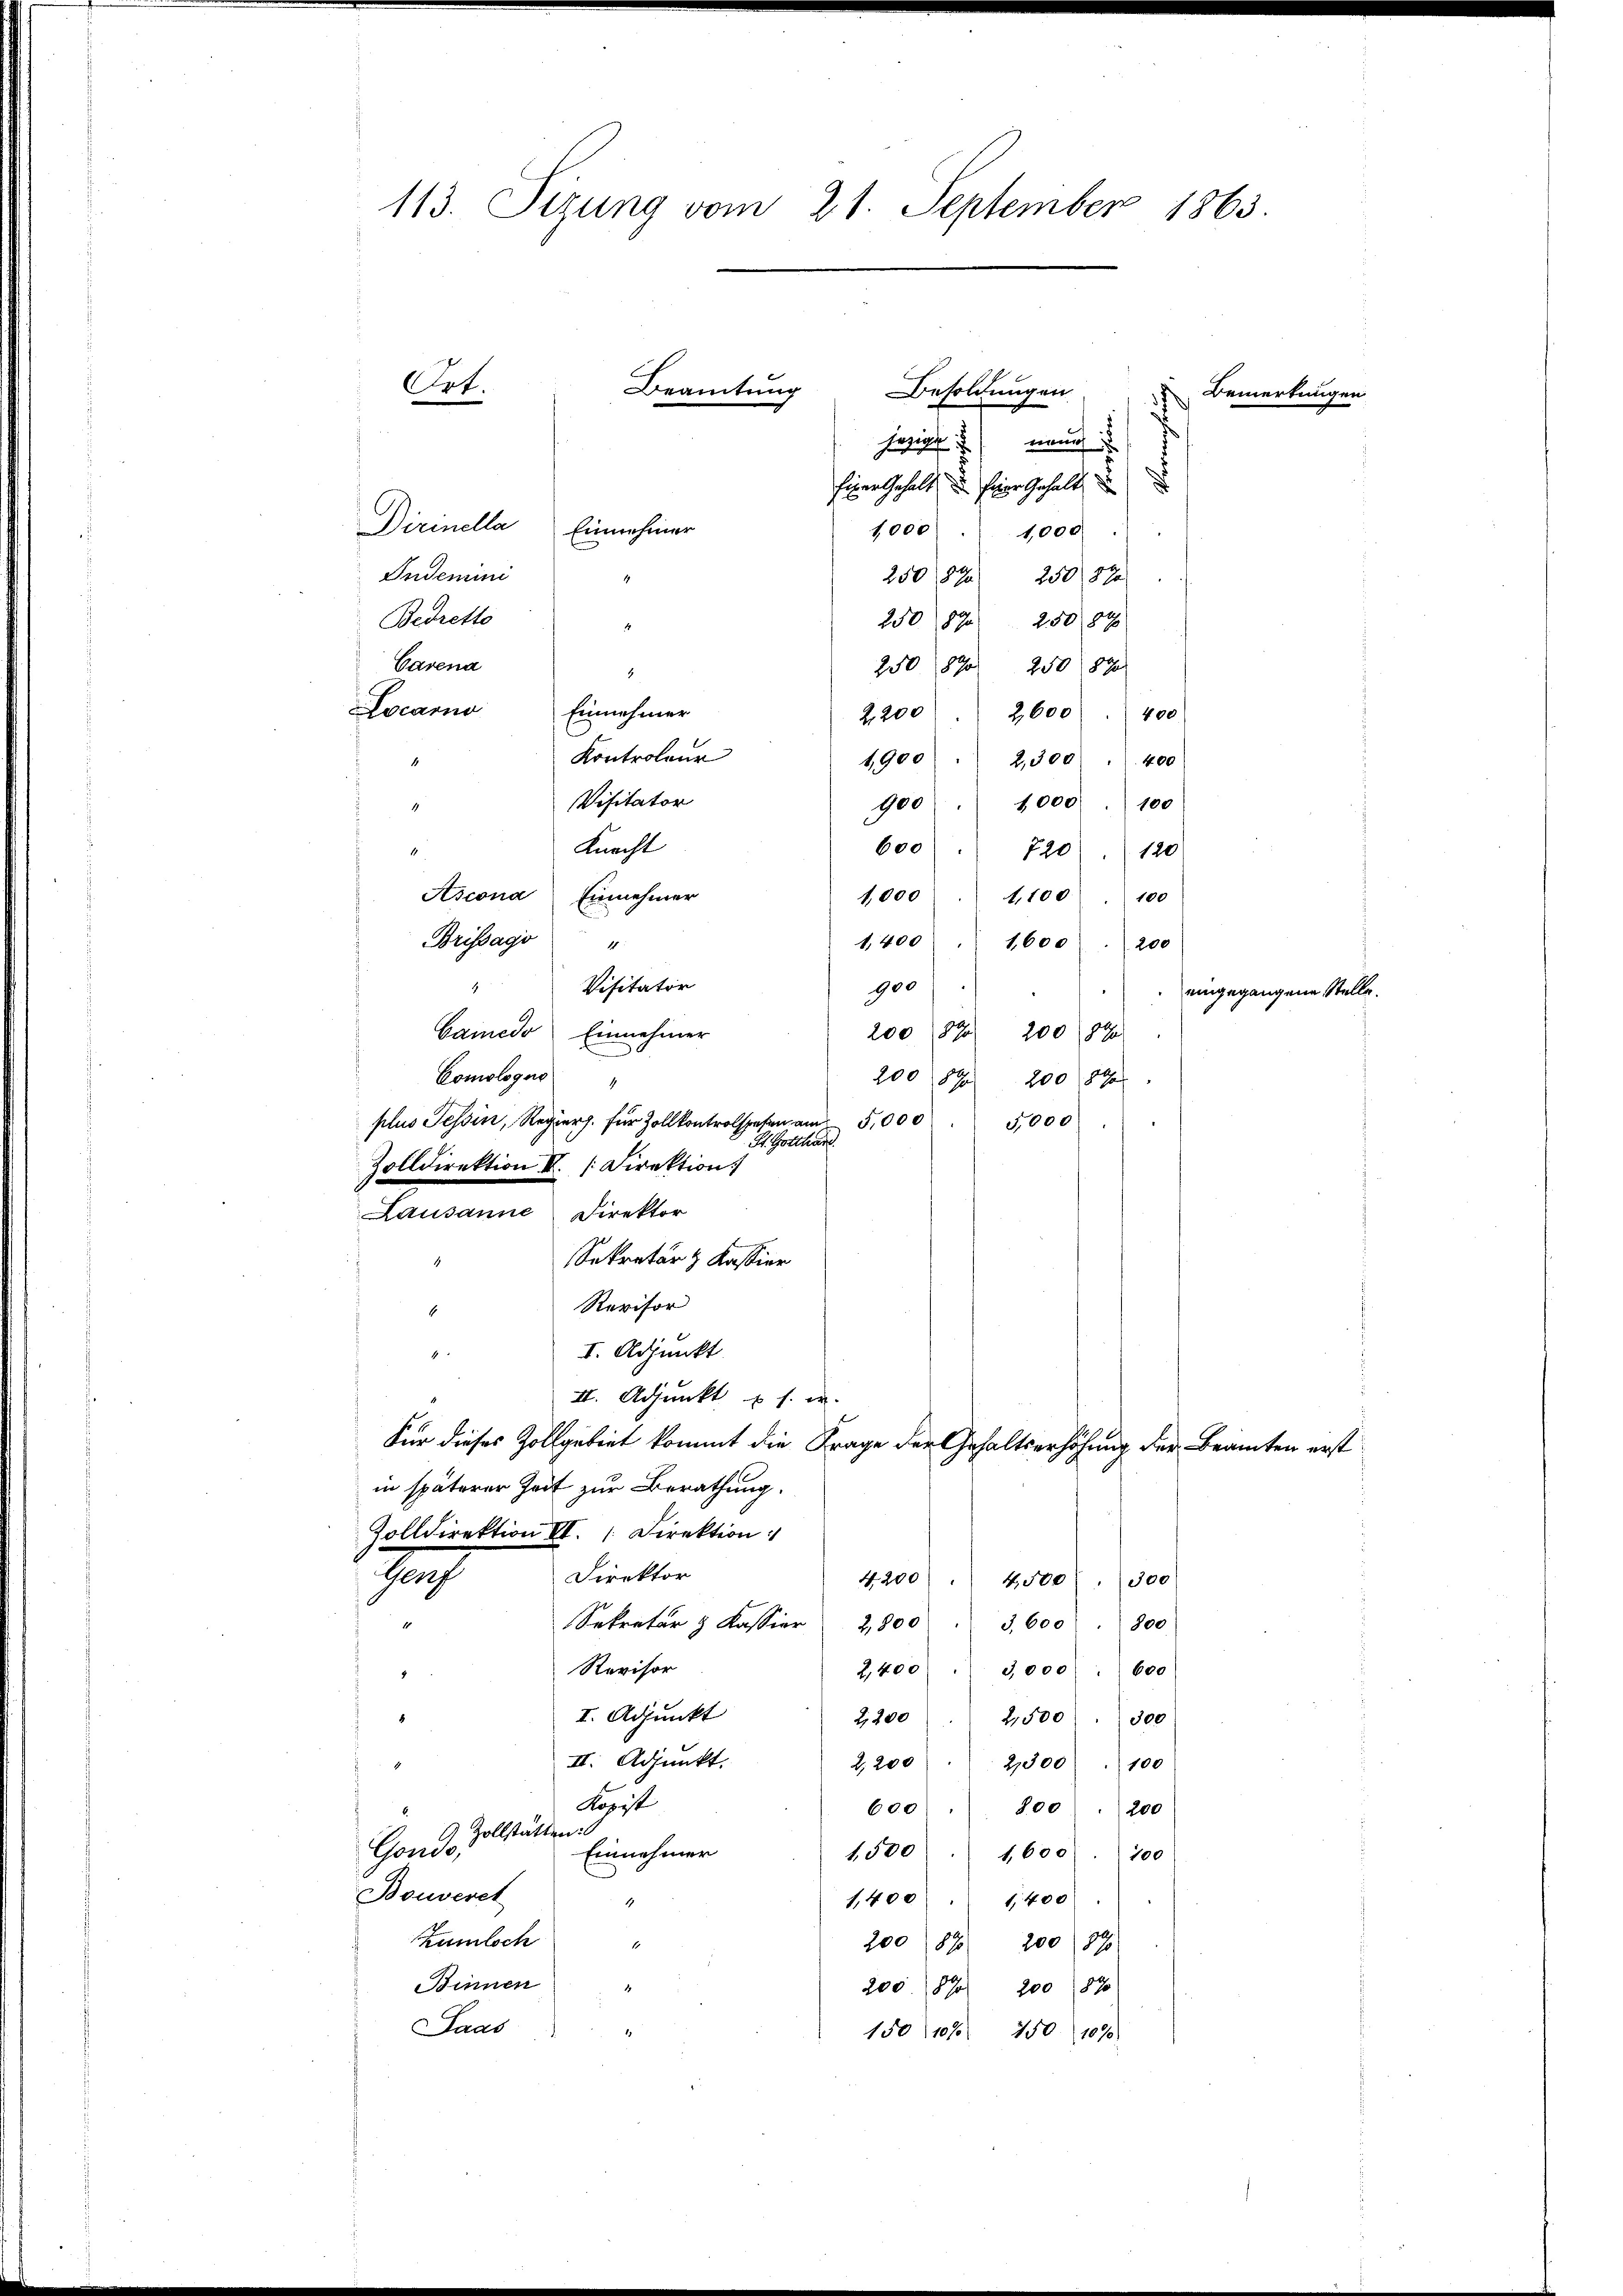
113. Sizung vom 21. September 1863.

nen
Ferief
Einer Gehalt, u. feier Gehalt
1,000
1,000
25087 25088
250 1890 250 89
250 1890 250 890
.
Locarno Einnehmer
2200 f 2600 f 400
Kontroleur
1900 " 2,300 " 400
Visitator
900 " 1000 " 100
4
Knacht
600 720 (120
.
1,000 " 1,100
Ascona. Einnehmer
100
Brissagi "
1,400 " 1600
200
900
Visitator
4
Camedo Einnehmer
200 (1873 200 (82
Comologus "
20018 f 200 a
plus Tessin, Regier. für Zollkontrolspesen am 5,000
5,000
v. St. Gotthard.
Zolldirektion I. [Direktion
Lausanne Direktor
Sekretär z Kassier
Revisor
1
I. Adjunkt
II. Adjunkt u. s. w.
Für dieses Zollgebiet kommt die Frage der Gehaltserhöhung der Beamten erst
in späterer Zeit zur Berathung.
Zolldirektion II. Direktion:
Direktor
7
4200. 4500. 300
Sekretär & Kassier 2800
3,600 (800
Revisor
600
2,400  3000
I. Adjunkt
2,200
2,500
300
II. Adjunkt.
2,200. 2300 " 100
Kopist
600. 800 . 200
Zollstätten:
Gondo,
Einnehmer
1,500. 1600. 100
Bouveret
1,400 " 1400
1
Zumloch
20087. 200 (870
Binnen
200. 1870 200 870
Saas
150, 108. 150 1070

1

Ort.

Dirinella Einnehmer
Indemini
Bedretto
Carena

Beamtung

Besoldungen

7

Bemerkung.

eingegangene

alles